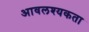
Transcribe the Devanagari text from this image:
आवलश्यकता